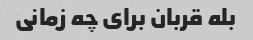
بله قربان برای چه زمانی